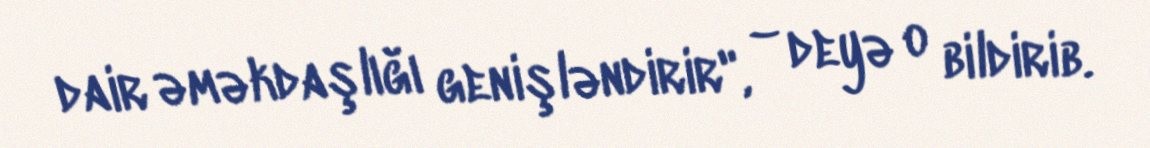
dair əməkdaşlığı genişləndirir", – deyə o bildirib.